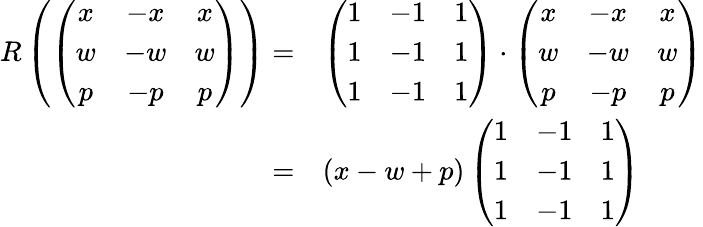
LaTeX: \begin{array}{rl}{R\left(\left(\begin{array}{ccc}{x}&{-x}&{x}\\ {w}&{-w}&{w}\\ {p}&{-p}&{p}\end{array}\right)\right)=}&{\left(\begin{array}{ccc}{1}&{-1}&{1}\\ {1}&{-1}&{1}\\ {1}&{-1}&{1}\end{array}\right)\cdot\left(\begin{array}{ccc}{x}&{-x}&{x}\\ {w}&{-w}&{w}\\ {p}&{-p}&{p}\end{array}\right)}\\ {=}&{(x-w+p)\left(\begin{array}{ccc}{1}&{-1}&{1}\\ {1}&{-1}&{1}\\ {1}&{-1}&{1}\end{array}\right)}\end{array}